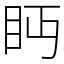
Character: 眄